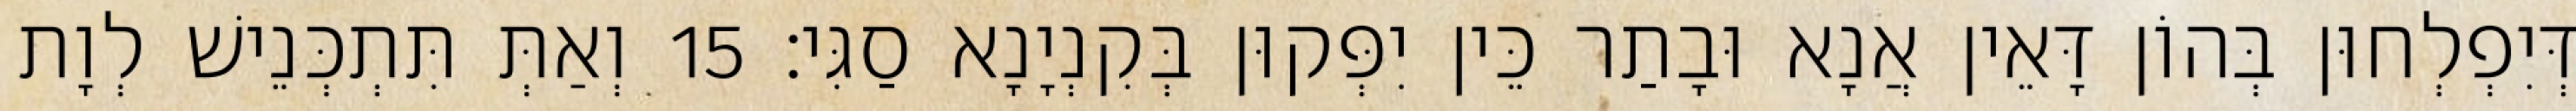
דְּיִפְלְחוּן בְּהוֹן דָּאֵין אֲנָא וּבָתַר כֵּין יִפְּקוּן בְּקִנְיָנָא סַגִּי׃ 15 וְאַתְּ תִּתְכְּנֵישׁ לְוָת